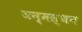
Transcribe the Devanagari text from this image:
जन्मस्थन